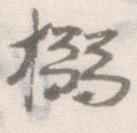
搦